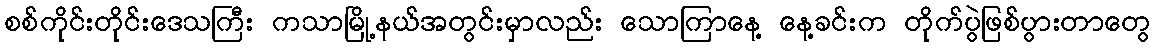
စစ်ကိုင်းတိုင်းဒေသကြီး ကသာမြို့နယ်အတွင်းမှာလည်း သောကြာနေ့ နေ့ခင်းက တိုက်ပွဲဖြစ်ပွားတာတွေ